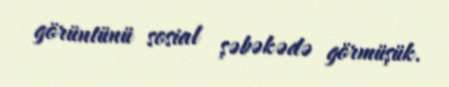
görüntünü sosial şəbəkədə görmüşük.